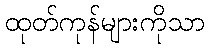
ထုတ်ကုန်များကိုသာ